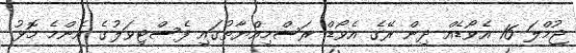
ޖުމްލަ 16 އެވޯޑެއް ދިން ރޭގެ އެވޯޑް ރަސްމިއްޔާތުގައި ފެސްޓިވަލުގެ އެންމެ މޮޅު